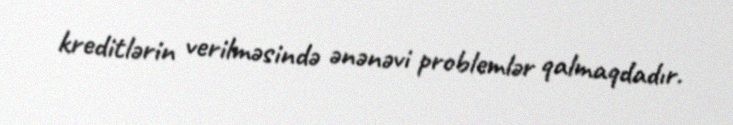
kreditlərin verilməsində ənənəvi problemlər qalmaqdadır.